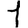
Digit: 1